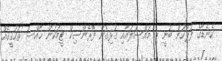
ކެނެޑާގެ ފުލުހުން ބުނީ މި މައްސަލައާއި ގުޅިގެން ފޮރެންސިކް ޓީމަކުން ޚާއްސަ ތަހުޤީޤެއް